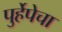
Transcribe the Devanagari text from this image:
पुर्हेपेचा